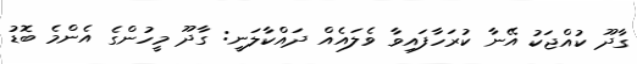
ގާދޫ ކުއްޖަކު އޭނާ ކުރަހާފައިވާ ވެލައެއް ދައްކާލަނީ: ގާދޫ މީހުންގެ އެންމެ ބޮޑު